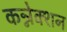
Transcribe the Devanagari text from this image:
कन्नेक्शन